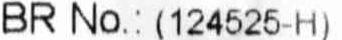
BR NO.:(124525-H)